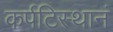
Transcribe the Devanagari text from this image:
कर्पटिस्थानं